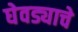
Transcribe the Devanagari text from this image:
घेवड्याचे